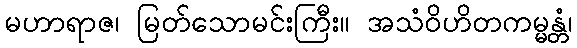
မဟာရာဇ၊ မြတ်သောမင်းကြီး။ အသံဝိဟိတကမ္မန္တံ၊